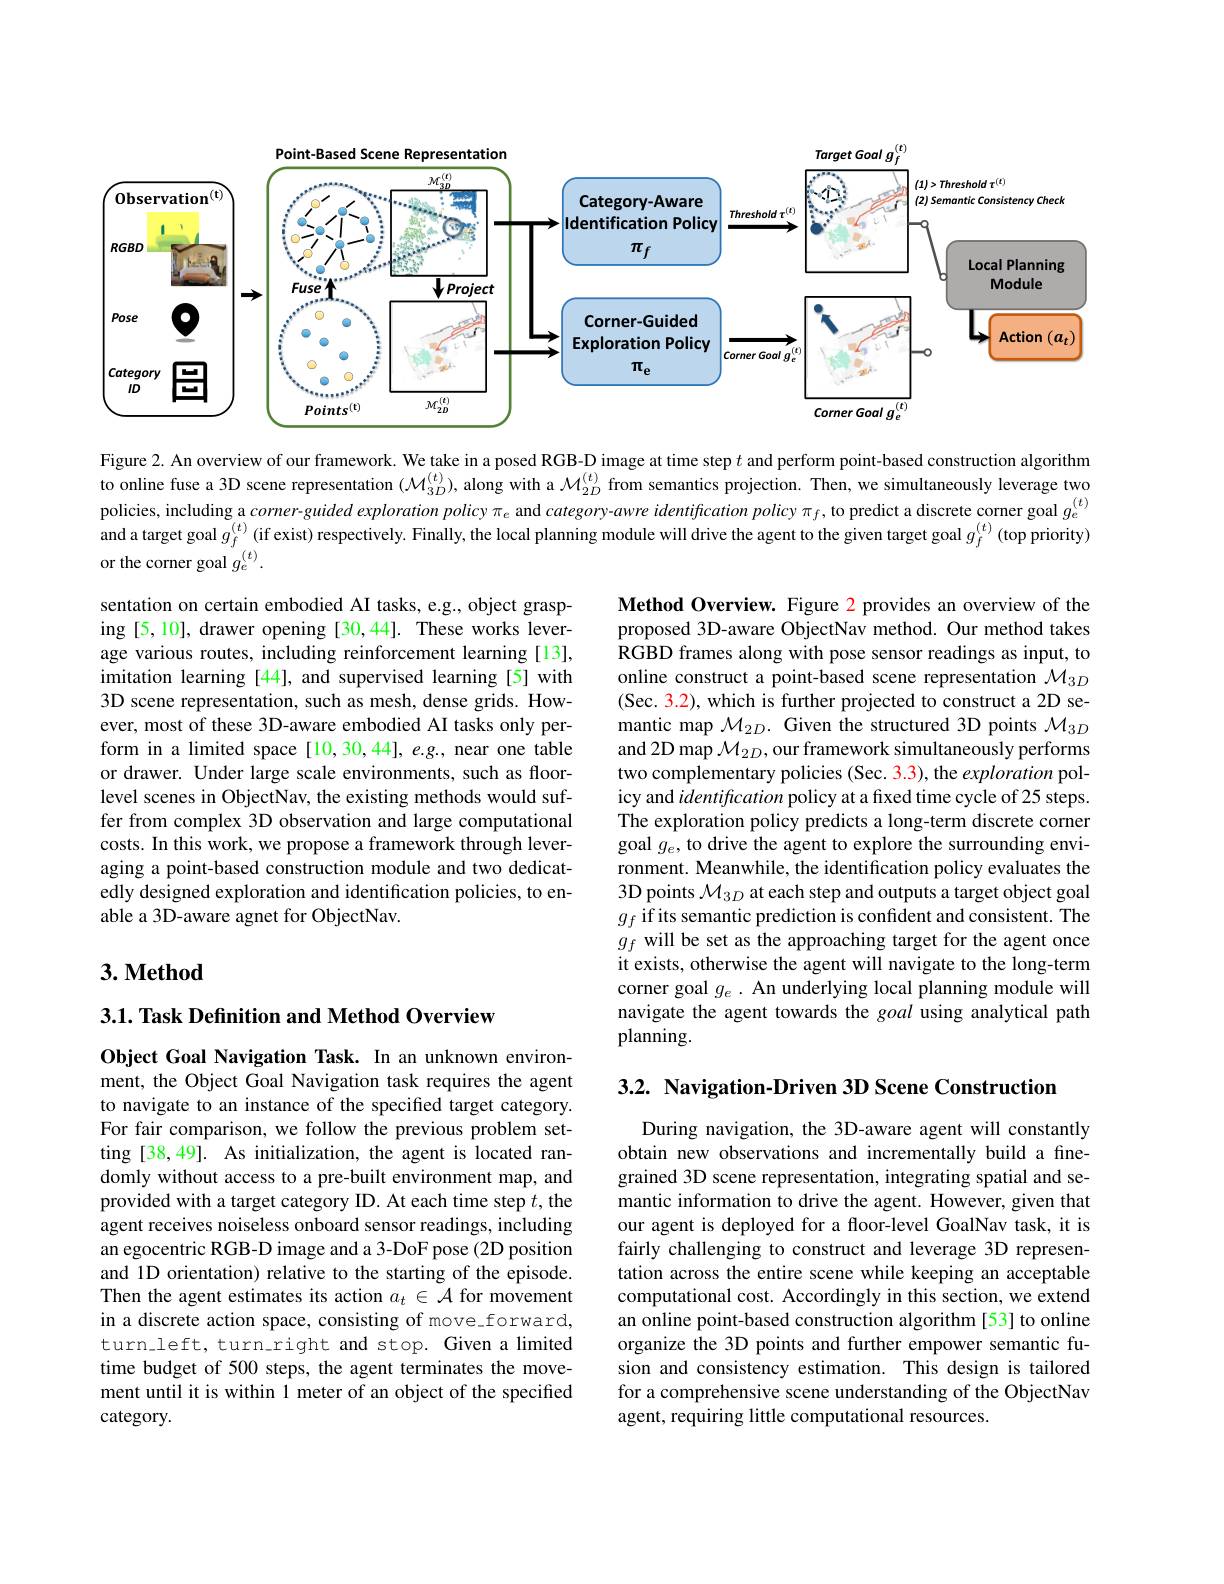
<FigureHere>

Figure 2. An overview of our framework. We take in a posed RGB-D image at time step $t$ and perform point-based construction algorithm to online fuse a 3D scene representation $(\mathcal{M}_{3D}^{(t)})$, along with a $\mathcal{M}_{2D}^{(t)}$ from semantics projection. Then, we simultaneously leverage two policies, including a $corner-guided$ exploration policy $\pi_{e}$ and category-awre identification policy $\pi_{f}$,to predict a discrete corner goal $g_{e}^{(t)}$policies, including a $corner-guided$ exploration policy $\pi_{e}$ and category-awre identifica and a target goal $g_f^{(t)}$ (if exist) respectively. Finally, the local planning module will drive the agent to the given target goal $g_f^{(t)}$ (top priority) or the corner goal $g_e^{(t)}.$

sentation on certain embodied AI tasks, e.g., object grasping [5,10], drawer opening [30,44]. These works leverage various routes, including reinforcement learning [13], imitation learning [44], and supervised learning [5] with 3D scene representation, such as mesh, dense grids. However, most of these 3D-aware embodied AI tasks only perform in a limited space[10,30,44], e.g., near one table or drawer. Under large scale environments, such as floorlevel scenes in ObjectNav, the existing methods would suffer from complex 3D observation and large computational costs. In this work, we propose a framework through leveraging a point-based construction module and two dedicatedly designed exploration and identification policies, to enable a 3D-aware agnet for ObjectNav.

Method Overview. Figure 2 provides an overview of the proposed 3D-aware ObjectNav method. Our method takes RGBD frames along with pose sensor readings as input, to online construct a point-based scene representation $\mathcal{M}_{3D}$ (Sec. 3.2), which is further projected to construct a 2D semantic map $\mathcal{M}_{2D}.$ Given the structured 3D points $\mathcal{M}_{3D}$ and 2D map $\mathcal{M}_{2D}$,our framework simultaneously performs two complementary policies (Sec. 3.3), the exploration policy and identification policy at a fixed time cycle of 25 steps. The exploration policy predicts a long-term discrete corner goal $g_e$, to drive the agent to explore the surrounding environment. Meanwhile, the identification policy evaluates the 3D points $\mathcal{M}_3D$ at each step and outputs a target object goal $g_{f}$ if its semantic prediction is confident and consistent. The $g_{f}$ will be set as the approaching target for the agent once it exists, otherwise the agent will navigate to the long-term corner goal $g_e.$ An underlying local planning module will navigate the agent towards the goal using analytical path planning.

## $3. \textbf{Method}$

3.1. Task Definition and Method Overview

3.2. Navigation-Driven 3D Scene Construction

Object Goal Navigation Task. In an unknown environment, the Object Goal Navigation task requires the agent to navigate to an instance of the specified target category. For fair comparison, we follow the previous problem setting [38,49]. As initialization, the agent is located randomly without access to a pre-built environment map, and provided with a target category ID. At each time step $t$, the agent receives noiseless onboard sensor readings, including an egocentric RGB-D image and a 3-DoF pose (2D position and 1D orientation) relative to the starting of the episode. Then the agent estimates its action $a_t\in\mathcal{A}$ for movement in a discrete action space, consisting of move-forward, turn\_left, turn\_right and stop. Given a limited time budget of 500 steps, the agent terminates the movement until it is within 1 meter of an object of the specified category.

During navigation, the 3D-aware agent will constantly obtain new observations and incrementally build a finegrained 3D scene representation, integrating spatial and semantic information to drive the agent. However, given that our agent is deployed for a floor-level GoalNav task, it is fairly challenging to construct and leverage 3D representation across the entire scene while keeping an acceptable computational cost. Accordingly in this section, we extend an online point-based construction algorithm [53] to online organize the 3D points and further empower semantic fusion and consistency estimation. This design is tailored for a comprehensive scene understanding of the ObjectNav agent, requiring little computational resources.